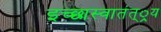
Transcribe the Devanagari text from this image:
इच्छास्वातंत््रय